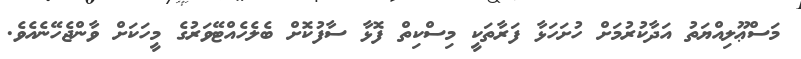
މަސްޢޫލިއްޔަތު އަދާކުރުމަށް ހުށަހަޅާ ފަރާތަކީ މިސްކިތް ފޮޅާ ސާފުކޮށް ބެލެހެއްޓޭވަރުގެ މީހަކަށް ވާންޖެހޭނެއެވެ.